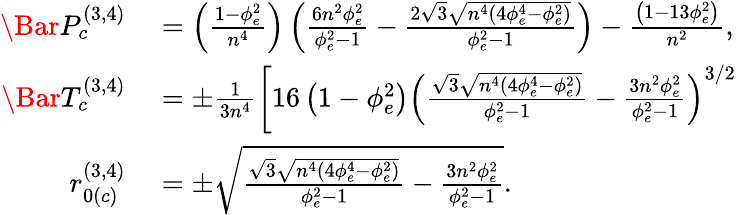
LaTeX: \begin{array}{rl}{\Bar{P}_{c}^{(3,4)}}&{{}=\left(\frac{1-\phi_{e}^{2}}{n^{4}}\right)\left(\frac{6n^{2}\phi_{e}^{2}}{\phi_{e}^{2}-1}-\frac{2\sqrt{3}\sqrt{n^{4}\left(4\phi_{e}^{4}-\phi_{e}^{2}\right)}}{\phi_{e}^{2}-1}\right)-\frac{\left(1-13\phi_{e}^{2}\right)}{n^{2}},}\\ {\Bar{T}_{c}^{(3,4)}}&{{}=\pm\frac{1}{3n^{4}}\left[16\left(1-\phi_{e}^{2}\right)\left(\frac{\sqrt{3}\sqrt{n^{4}\left(4\phi_{e}^{4}-\phi_{e}^{2}\right)}}{\phi_{e}^{2}-1}-\frac{3n^{2}\phi_{e}^{2}}{\phi_{e}^{2}-1}\right)^{3/2}\right.}\\ {r_{0(c)}^{(3,4)}}&{{}=\pm\sqrt{\frac{\sqrt{3}\sqrt{n^{4}\left(4\phi_{e}^{4}-\phi_{e}^{2}\right)}}{\phi_{e}^{2}-1}-\frac{3n^{2}\phi_{e}^{2}}{\phi_{e}^{2}-1}}.}\end{array}